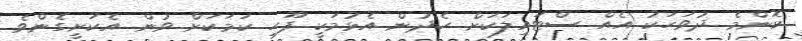
ކޮންމެ ދުވަހަކު އެއް ސްޓައިލަކަށް ހެދުން އެޅުމަކީ ފޫހި ކަމަކަށް ވުން އެކަށީގެންވެ